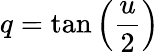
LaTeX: q=\tan\left(\frac{u}{2}\right)